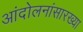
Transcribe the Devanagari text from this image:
आंदोलनांसारख्या